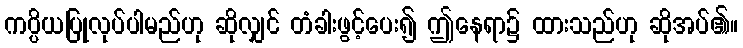
ကပ္ပိယပြုလုပ်ပါမည်ဟု ဆိုလျှင် တံခါးဖွင့်ပေး၍ ဤနေရာ၌ ထားသည်ဟု ဆိုအပ်၏။